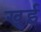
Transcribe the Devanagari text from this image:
खुई